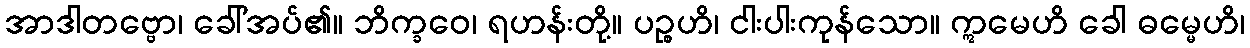
အာဒါတဗ္ဗော၊ ခေါ်အပ်၏။ ဘိက္ခဝေ၊ ရဟန်းတို့။ ပဉ္စဟိ၊ ငါးပါးကုန်သော။ ဣမေဟိ ခေါ ဓမ္မေဟိ၊